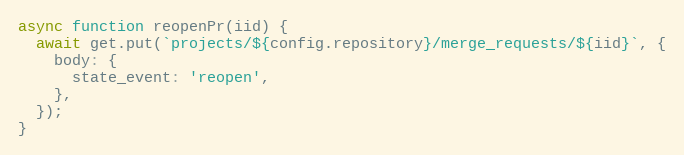
Language: JavaScript
async function reopenPr(iid) {
  await get.put(`projects/${config.repository}/merge_requests/${iid}`, {
    body: {
      state_event: 'reopen',
    },
  });
}